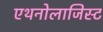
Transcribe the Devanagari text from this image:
एथनोलाजिस्ट